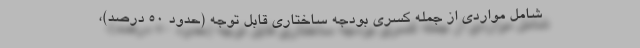
شامل مواردی از جمله کسری بودجه ساختاری قابل توجه (حدود ۵۰ درصد)،